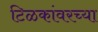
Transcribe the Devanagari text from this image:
टिळकांवरच्या